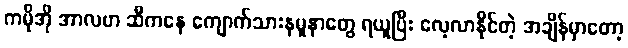
ကမိုအို အာလဗာ ဆီကနေ ကျောက်သားနမူနာတွေ ရယူပြီး လေ့လာနိုင်တဲ့ အချိန်မှာတော့